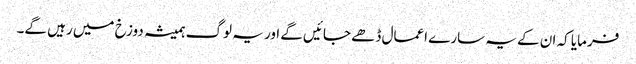
فرمایا کہ ان کے یہ سارے اعمال ڈھے جائیں گے اور یہ لوگ ہمیشہ دوزخ میں رہیں گے۔